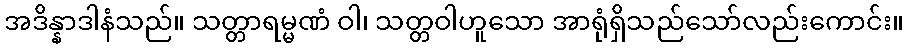
အဒိန္နာဒါနံသည်။ သတ္တာရမ္မဏံ ဝါ၊ သတ္တဝါဟူသော အာရုံရှိသည်သော်လည်းကောင်း။